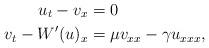
LaTeX: \begin{align*} u_t - v_x &=0\\ v_t -W'(u)_x &= \mu v_{xx} -\gamma u_{xxx}, \end{align*}